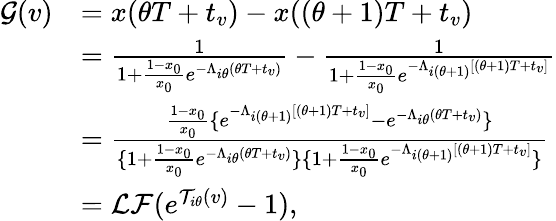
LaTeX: \begin{array}{rl}{\mathcal{G}(v)}&{=x(\theta T+t_{v})-x((\theta+1)T+t_{v})}\\ &{=\frac{1}{1+\frac{1-x_{0}}{x_{0}}e^{-\Lambda_{i\theta}(\theta T+t_{v})}}-\frac{1}{1+\frac{1-x_{0}}{x_{0}}e^{-\Lambda_{i(\theta+1)}[(\theta+1)T+t_{v}]}}}\\ &{=\frac{\frac{1-x_{0}}{x_{0}}\{ e^{-\Lambda_{i(\theta+1)}[(\theta+1)T+t_{v}]}-e^{-\Lambda_{i\theta}(\theta T+t_{v})}\} }{\{ 1+\frac{1-x_{0}}{x_{0}}e^{-\Lambda_{i\theta}(\theta T+t_{v})}\} \{ 1+\frac{1-x_{0}}{x_{0}}e^{-\Lambda_{i(\theta+1)}[(\theta+1)T+t_{v}]}\} }}\\ &{=\mathcal{L}\mathcal{F}(e^{\mathcal{T}_{i\theta}(v)}-1),}\end{array}